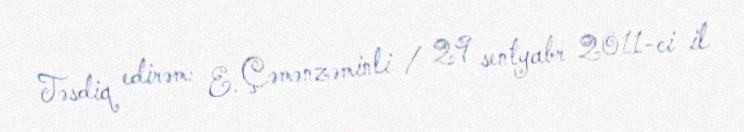
Təsdiq edirəm: E. Çəmənzəminli / 29 sentyabr 2011-ci il